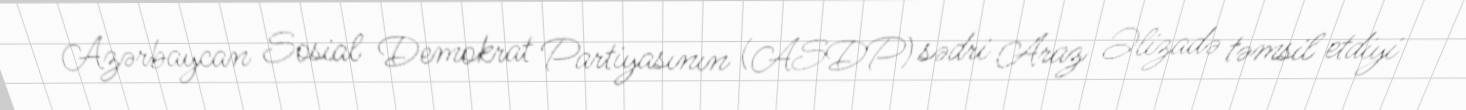
Azərbaycan Sosial Demokrat Partiyasının (ASDP) sədri Araz Əlizadə təmsil etdiyi